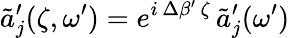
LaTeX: \tilde{a}_{j}^{\prime}(\zeta,\omega^{\prime})=e^{i\, \Delta\beta^{\prime}\, \zeta}\, \tilde{a}_{j}^{\prime}(\omega^{\prime})